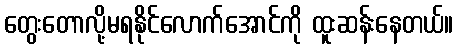
တွေးတောလို့မရနိုင်လောက်အောင်ကို ထူးဆန်းနေတယ်။